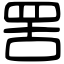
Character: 罟